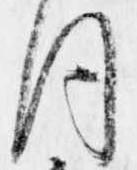
同